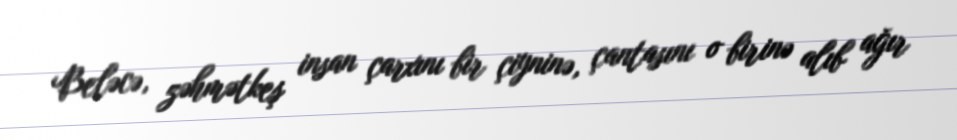
Beləcə, zəhmətkeş insan çarxını bir çiyninə, çantasını o birinə alıb ağır